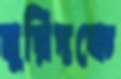
মুরিদকে